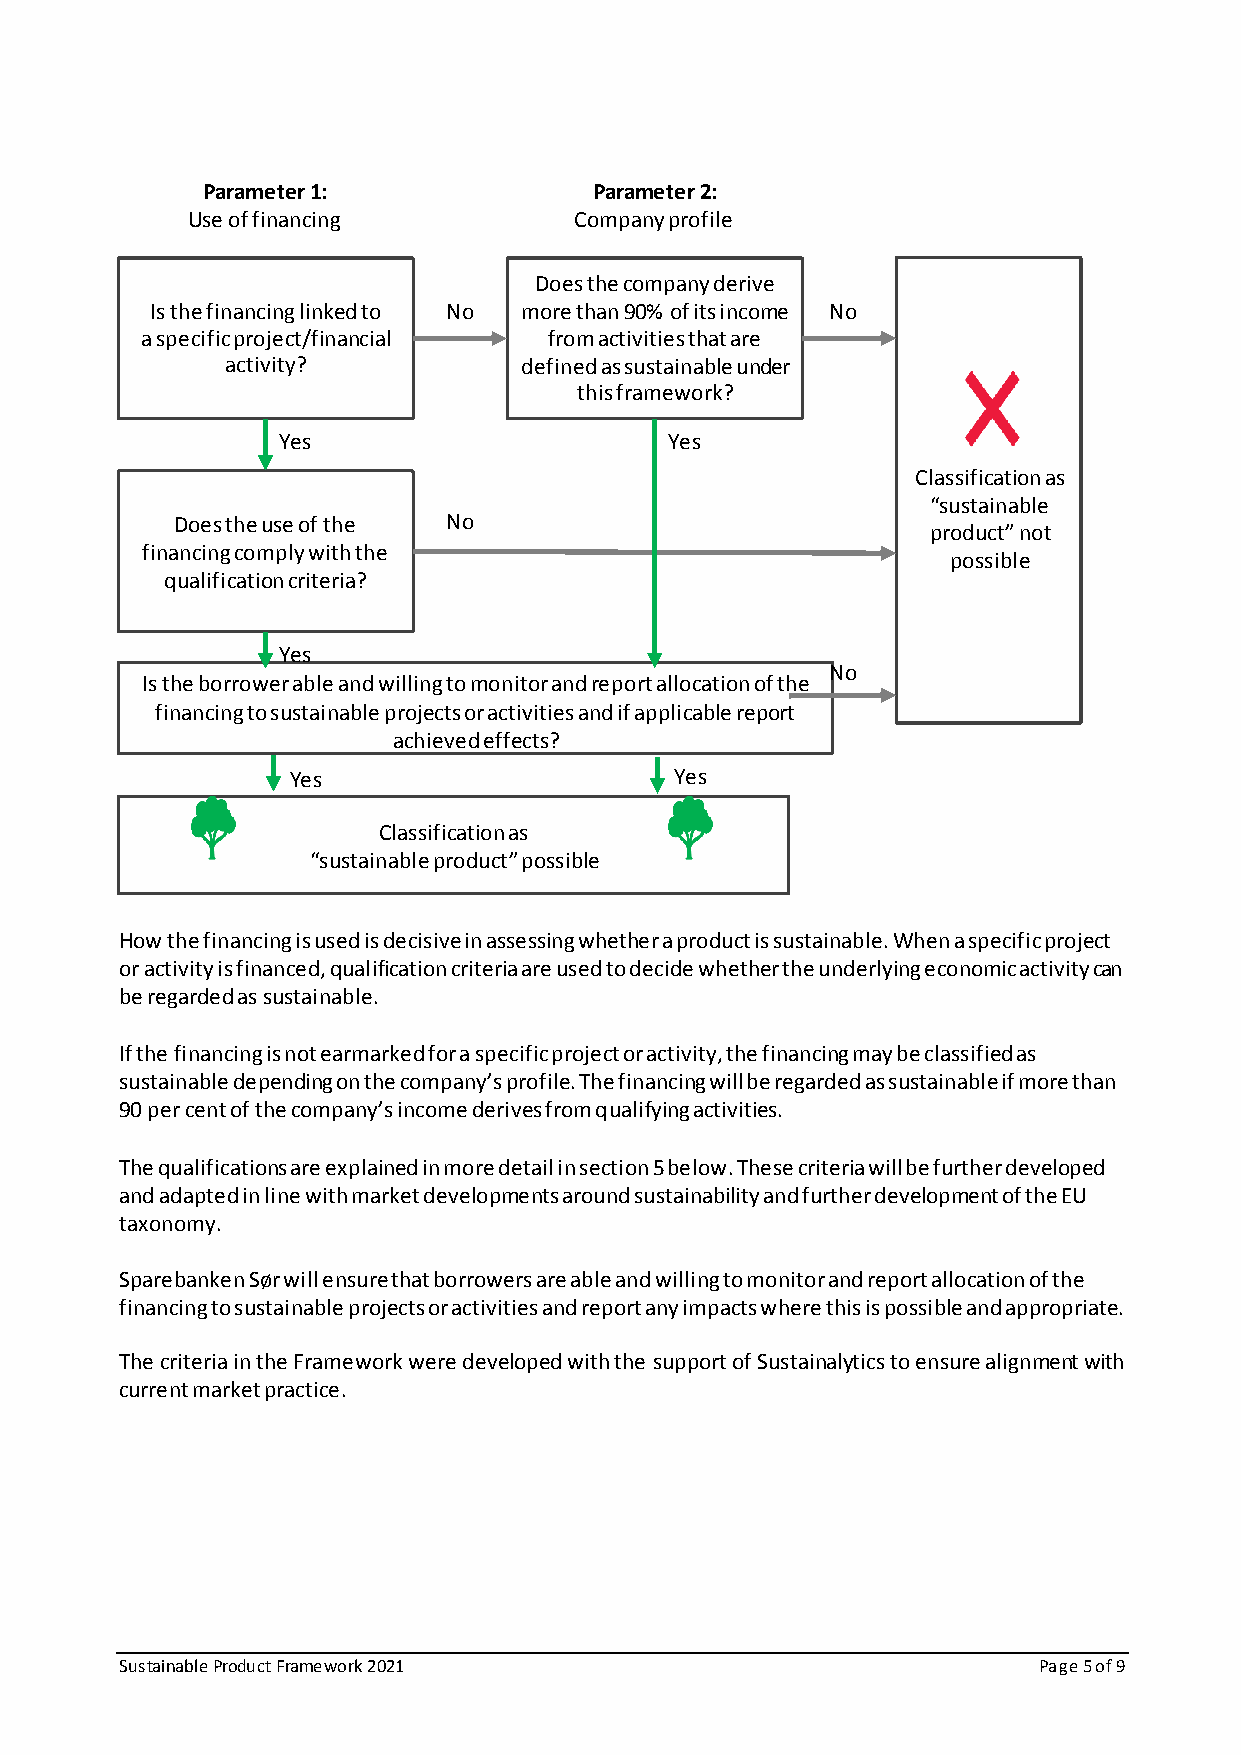
Parameter 1:              Parameter 2:
 Use of financing          Company profile
 Does the company derive
 Is the financing linked to No more than 90% of its income No
 a specific project/financial from activities that are
 activity?          defined as sustainable under
 this framework?
 Yes                       Yes
 Classification as
 “sustainable
 Does the use of the No
 product” not
 financing comply with the
 possible
 qualification criteria?
 Yes
 No
 Is the borrower able and willing to monitor and report allocation of the
 financing to sustainable projects or activities and if applicable report
 achieved effects?
 Yes                       Yes
 Classification as
 “sustainable product” possible
 How the financing is used is decisive in assessing whether a product is sustainable. When a specific project
 or activity is financed, qualification criteria are used to decide whether the underlying economic activity can
 be regarded as sustainable.
 If the financing is not earmarked for a specific project or activity, the financing may be classified as
 sustainable depending on the company’s profile. The financing will be regarded as sustainable if more than
 90 per cent of the company’s income derives from qualifying activities.
 The qualifications are explained in more detail in section 5 below. These criteria will be further developed
 and adapted in line with market developments around sustainability and further development of the EU
 taxonomy.
 Sparebanken Sør will ensure that borrowers are able and willing to monitor and report allocation of the
 financing to sustainable projects or activities and report any impacts where this is possible and appropriate.
 The criteria in the Framework were developed with the support of Sustainalytics to ensure alignment with
 current market practice.
 Sustainable Product Framework 2021                           Page 5 of 9